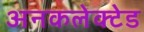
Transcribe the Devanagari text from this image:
अनकलेक्टेड